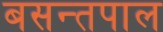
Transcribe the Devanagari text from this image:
बसन्तपाल